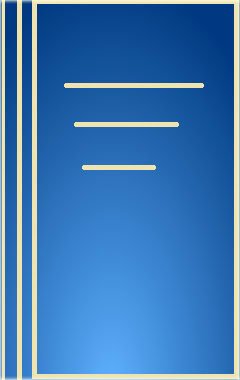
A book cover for Organic Photochemistry, Vol. 8; Science & Math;